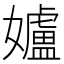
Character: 𮱚